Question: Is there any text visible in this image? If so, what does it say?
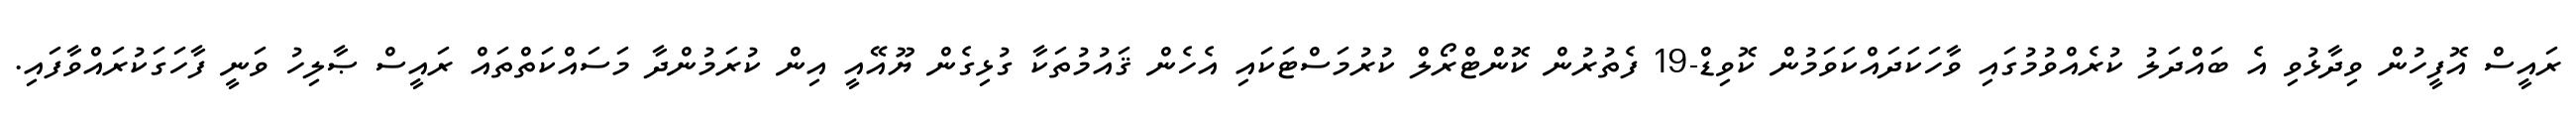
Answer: ރައީސް އޮފީހުން ވިދާޅުވި އެ ބައްދަލު ކުރެއްވުމުގައި ވާހަކަދައްކަވަމުން ކޮވިޑް-19 ފެތުރުން ކޮންޓްރޯލް ކުރުމަސްޓަކައި އެހެން ޤައުމުތަކާ ގުޅިގެން ޔޫއޭއީ އިން ކުރަމުންދާ މަސައްކަތްތައް ރައީސް ޞާލިހު ވަނީ ފާހަގަކުރައްވާފައި.